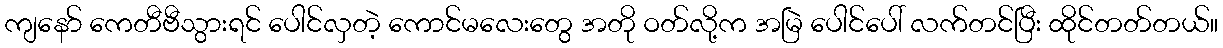
ကျနော် ကေတီဗီသွားရင် ပေါင်လှတဲ့ ကောင်မလေးတွေ အတို ဝတ်လို့က အမြဲ ပေါင်ပေါ် လက်တင်ပြီး ထိုင်တတ်တယ်။